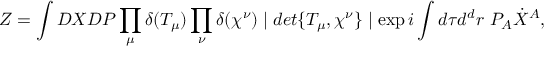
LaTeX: Z = \int { \cal D } X { \cal D } P \prod _ { \mu } \delta ( T _ { \mu } ) \prod _ { \nu } \delta ( \chi ^ { \nu } ) \mid d e t \{ T _ { \mu } , \chi ^ { \nu } \} \mid \exp i \int d \tau d ^ { d } r ~ P _ { A } \dot { X } ^ { A } ,